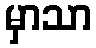
မှာသာ